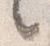
々